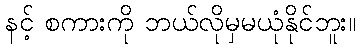
နင့် စကားကို ဘယ်လိုမှမယုံနိုင်ဘူး။